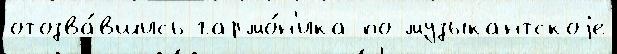
отозва́вшись гармо́н'ика по музыкантскоjе